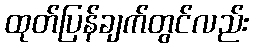
ထုတ်ပြန်ချက်တွင်လည်း